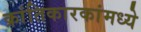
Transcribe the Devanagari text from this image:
क्रांतिकारकांमध्ये